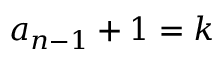
a _ { n - 1 } + 1 = k